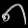
Digit: ၈